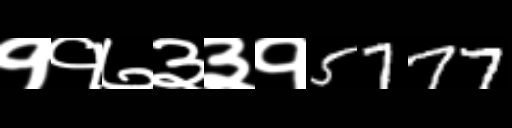
Text: ११७३३१5777